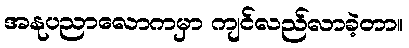
အနုပညာလောကမှာ ကျင်လည်လာခဲ့တာ။